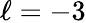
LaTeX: \ell=-3